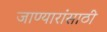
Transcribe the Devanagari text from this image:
जाण्यारांसाठी